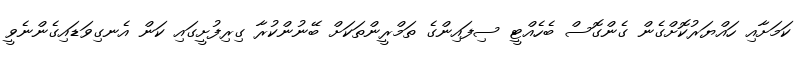
ކަމަށާއި ހައްޔަރުކޮށްގެން ގެންގޮސް ބެހެއްޓީ ސިފައިންގެ ތަމްރީންތަކަށް ބޭނުންކުރާ ގިރިފުށީގައި ކަން އެނގިވަޑައިގެންނެވީ